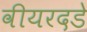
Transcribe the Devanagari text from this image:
वीयरदडे